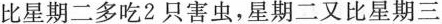
比星期二多吃2只害虫，星期二又比星期三